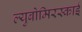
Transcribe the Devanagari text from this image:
ल्युबोमिरस्काई